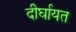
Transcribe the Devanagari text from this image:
दीर्घायत